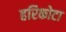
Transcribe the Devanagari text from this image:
हरिकोटा